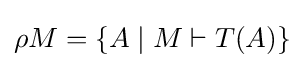
\rho M=\{A\mid M\vdash T(A)\}